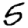
Digit: 5